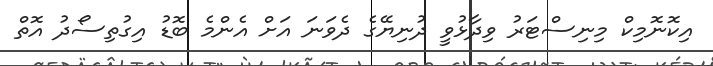
އިކޮނޮމިކް މިނިސްޓަރު ވިދާޅުވީ ދުނިޔޭގެ ދެވަނަ އަށް އެންމެ ބޮޑު އިގުތިސޯދު އޮތް